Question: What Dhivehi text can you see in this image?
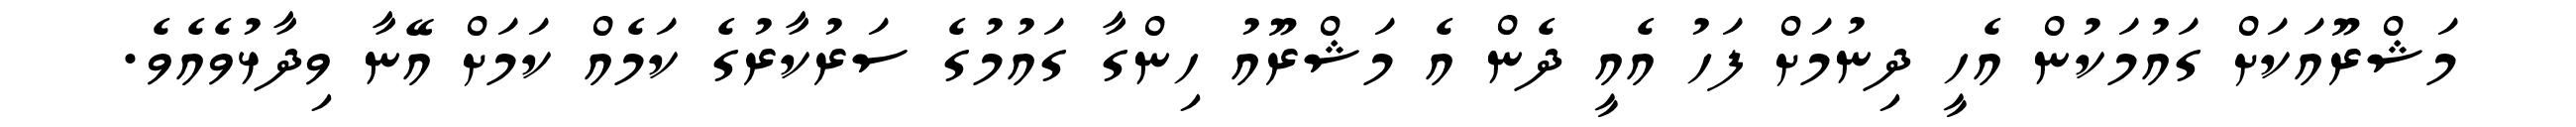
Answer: މަޝްރޫއަކަށް ގައުމަކުން އެހީ ދިނުމަށް ފަހު އެއީ ދެން އެ މަޝްރޫއު ހިންގާ ގައުމުގެ ސަރުކާރުގެ ކަމެއް ކަމަށް އޭނާ ވިދާޅުވެއެވެ.